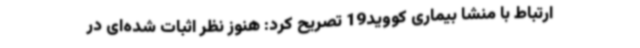
ارتباط با منشا بیماری کووید19 تصریح کرد: هنوز نظر اثبات شده‌ای در